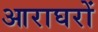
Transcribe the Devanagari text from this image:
आराघरों